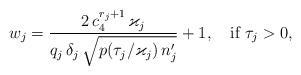
LaTeX: \begin{align*} w_j=\frac{2\,c_4^{r_j+1}\,\varkappa_j}{ q_j\,\delta_j\,\sqrt{p(\tau_j/\varkappa_j)\,n'_j}}+1,\quad\hbox{if }\tau_j>0, \end{align*}